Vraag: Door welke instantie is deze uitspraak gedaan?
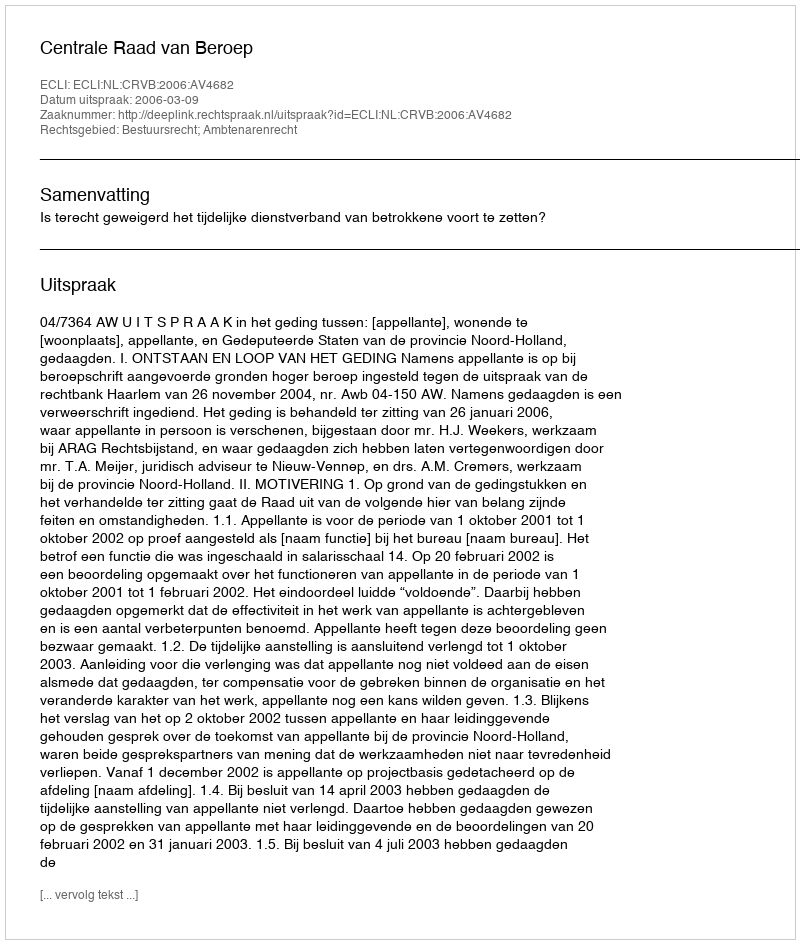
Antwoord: Centrale Raad van Beroep